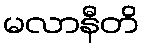
မလာနီတိ